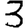
Digit: 3